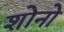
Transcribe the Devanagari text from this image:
शोनो